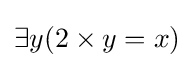
\exists y(2\times y=x)